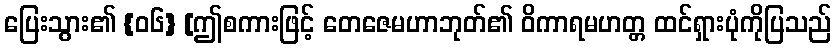
ပြေးသွား၏ {၀၆} [ဤစကားဖြင့် တေဇေမဟာဘုတ်၏ ဝိကာရမဟတ္တ ထင်ရှားပုံကိုပြသည်